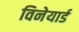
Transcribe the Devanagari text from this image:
विनेयार्ड